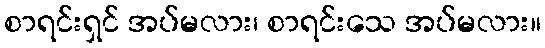
စာရင်းရှင် အပ်မလား၊ စာရင်းသေ အပ်မလား။